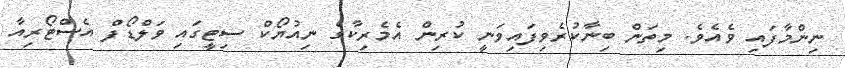
ނިންމާފައި ވެއެވެ. މިތަން ބިނާކުރެވިފައިވަނީ ކުރިން އެމެރިކާގެ ނިއުޔޯކް ސިޓީގައި ވަލްޑޯފް އެސްޓޯރިއާ